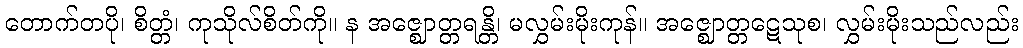
တောက်တပို၊ စိတ္တံ၊ ကုသိုလ်စိတ်ကို။ န အဇ္ဈောတ္တရန္တိ၊ မလွှမ်းမိုးကုန်။ အဇ္ဈောတ္တဋေသုစ၊ လွှမ်းမိုးသည်လည်း